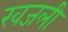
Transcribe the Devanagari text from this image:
खजली